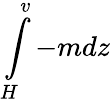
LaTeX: \int\limits_{H}^{v}-mdz